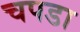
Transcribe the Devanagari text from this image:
चपडा